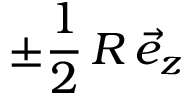
\pm \frac { 1 } { 2 } \, R \, \vec { e } _ { z }